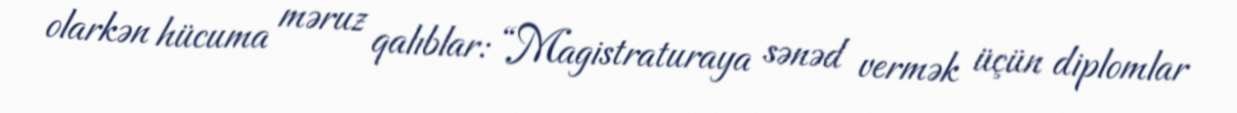
olarkən hücuma məruz qalıblar: “Magistraturaya sənəd vermək üçün diplomlar